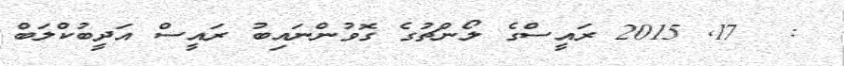
:  17